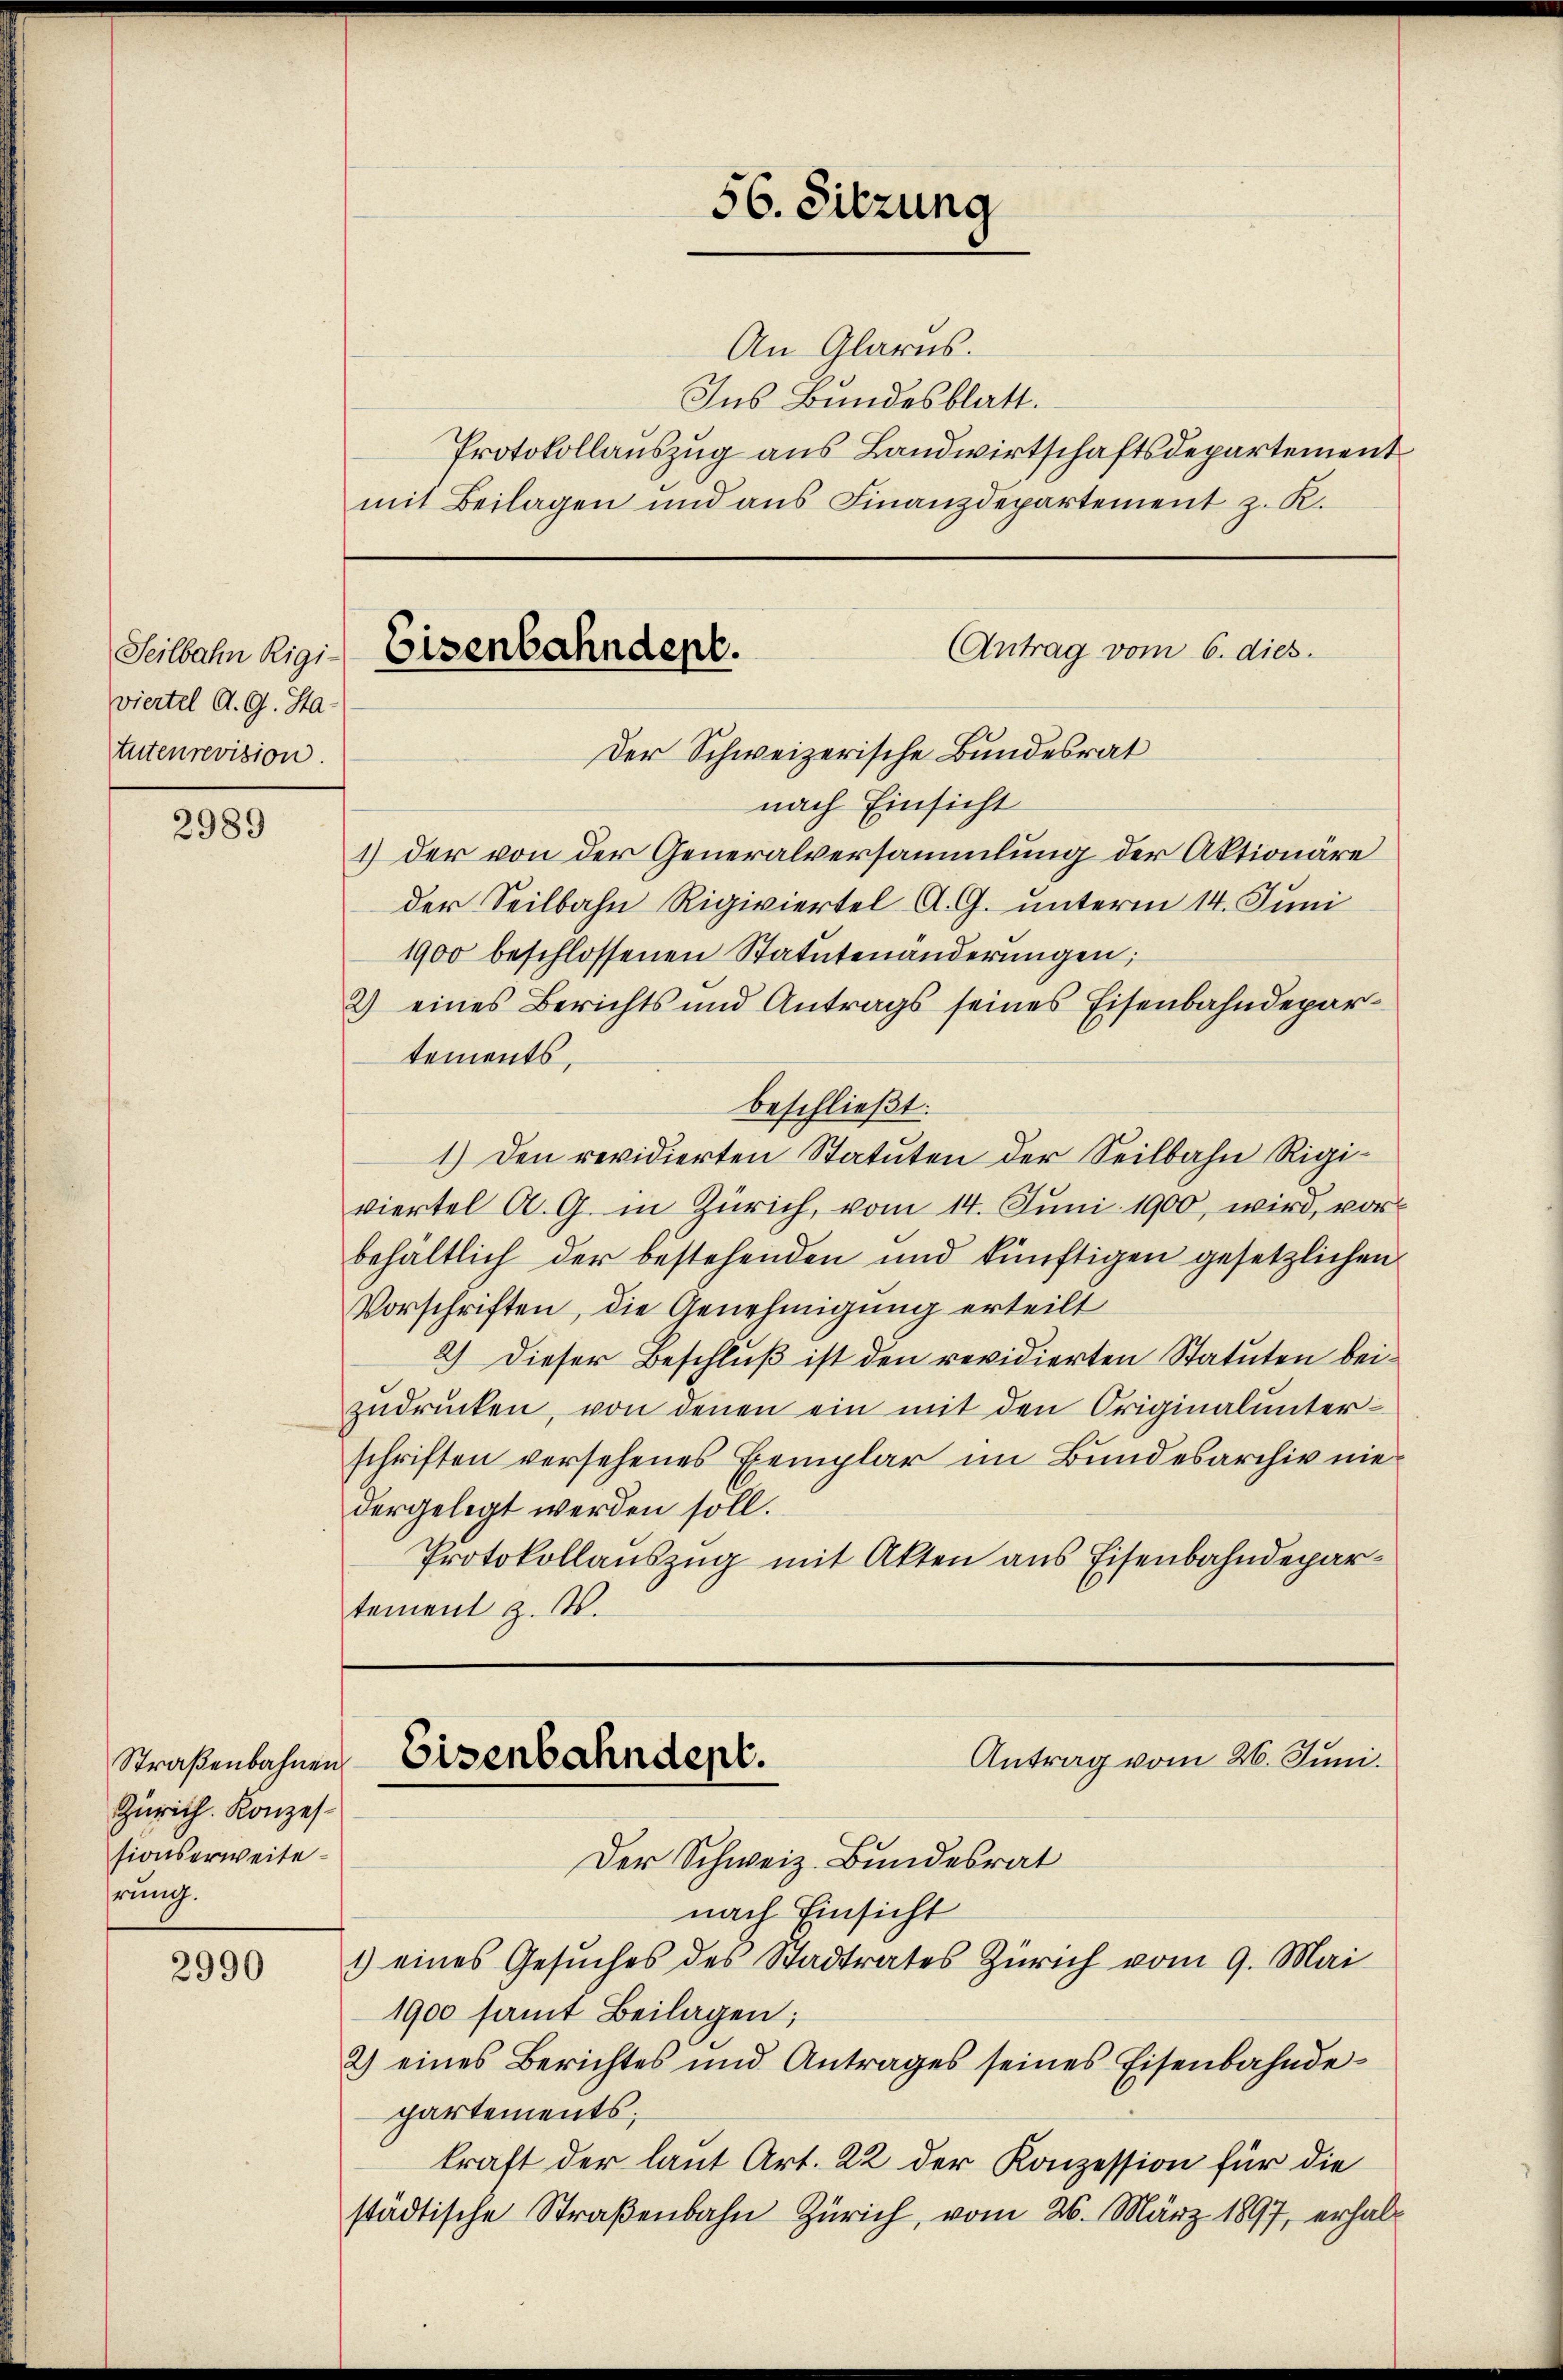
viertel A. G. Ha-
tutenrevision.

2989

Straßenbahnen
Zürich. Konzes
sionserweiterung.

2990

56. Sitzung
Antrag vom 6. dies.
Teilbahn Rigi-Eisenbahndept.
Der Schweizerische Bundesrat

An Glarus.
Ins Bundesblatt.
Protokollauszug aus Landwirtschaftsdepartement
mit Beilagen und aus Finanzdepartement z. K.

Antrag vom 26. Juni.
Eisenbahndept.

nach Einsicht
1) der von der Generalversammlung der Aktionäre
der Seilbahn Rigiviertel A. G. unterm 14. Juni
1900 beschlossenen Statutenänderŭngen;
2) eines Berichts und Antrags seines Eisenbahndepartements,
beschließt:
1.) Den revidierten Statuten der Seilbahn Rigiviertel A. G. in Zürich, vom 14. Juni 1900, wird, vor
behältlich der bestehenden und künftigen gesetzlichen
Vorschriften, die Genehmigung erteilt
2) Dieser Beschluß ist den revidierten Statuten beizudrucken, von denen ein mit den Originalunterschriften versehenes Exemplar im Bundesarchiv niedergelegt werden soll.
Protokollauszug mit Akten aus Eisenbahndepartement z. B.

Der Schweiz. Bundesrat
nach Einsicht
1) eines Gesŭches des Stadtrates Zürich vom 9. Mai
1900 samt Beilagen;
2) eines Berichtes und Antrages seines Eisenbahnde-
partements;
kraft der laut Art. 22 der Konzession für die
städtische Straßenbahn Zürich, vom 26. März 1897, erhal¬